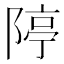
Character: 𨺱